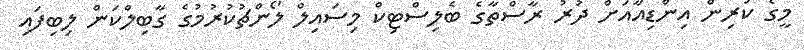
މީގެ ކުރިން އިންޑިއާއަށް ދުރު ރާސްތާގެ ބެލިސްޓިކް މިސައިލް ލޯންޗުކުރުމުގެ ގާބިލްކަން ލިބިފައި